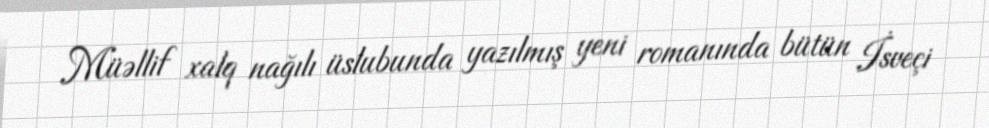
Müəllif xalq nağılı üslubunda yazılmış yeni romanında bütün İsveçi